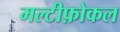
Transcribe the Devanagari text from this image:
मल्टीफ़ोकल